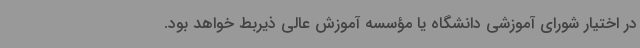
در اختیار شورای آموزشی دانشگاه یا مؤسسه آموزش عالی ذیربط خواهد بود.